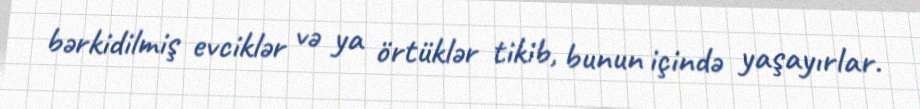
bərkidilmiş evciklər və ya örtüklər tikib, bunun içində yaşayırlar.